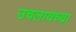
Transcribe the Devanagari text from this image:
उचलायच्या